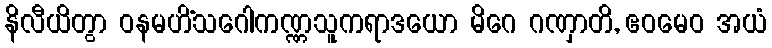
နိလီယိတွာ ဝနမဟိံသဂေါကဏ္ဏသူကရာဒယော မိဂေ ဂဏှာတိ, ဧဝမေဝ အယံ